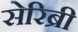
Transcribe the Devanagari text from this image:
सेरिब्री